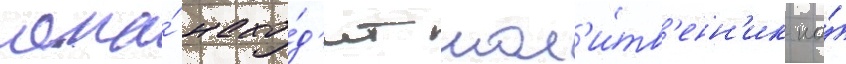
она́ нахо́д'ит мол'и́тв'енн'ик на́